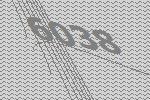
6038